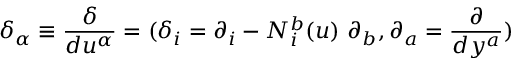
{ \delta } _ { \alpha } \equiv \frac { \delta } { d u ^ { \alpha } } = ( \delta _ { i } = \partial _ { i } - N _ { i } ^ { b } ( u ) \ \partial _ { b } , \partial _ { a } = \frac { \partial } { d y ^ { a } } )